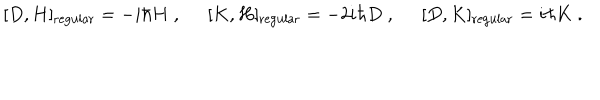
[ D , H ] _ { \mathrm { r e g u l a r } } = - i \hbar H \; , \; \; [ K , H ] _ { \mathrm { r e g u l a r } } = - 2 i \hbar D \; , \; \; [ D , K ] _ { \mathrm { r e g u l a r } } = i \hbar K \; .